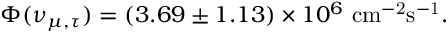
\Phi ( \nu _ { \mu , \tau } ) = ( 3 . 6 9 \pm 1 . 1 3 ) \times 1 0 ^ { 6 } ~ \mathrm { c m ^ { - 2 } s ^ { - 1 } } .